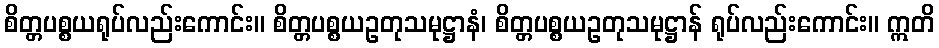
စိတ္တပစ္စယရုပ်လည်းကောင်း။ စိတ္တပစ္စယဥတုသမုဋ္ဌာနံ၊ စိတ္တပစ္စယဥတုသမုဋ္ဌာန် ရုပ်လည်းကောင်း။ ဣတိ